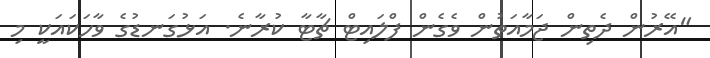
"އޭރުން ދެތިން ޖަމާއަތުން ވެގެން ފްލައިޓް ޗާޓާ ކުރާނެ. އަޅުގަނޑުގެ ވާހަކައަކީ މި